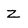
Character: Z